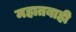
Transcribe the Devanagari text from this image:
महातबाही